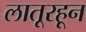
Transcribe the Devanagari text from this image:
लातूरहून